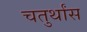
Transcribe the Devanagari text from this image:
चतुर्थांस